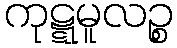
ကုဋ္ဋမူလဉ္စ